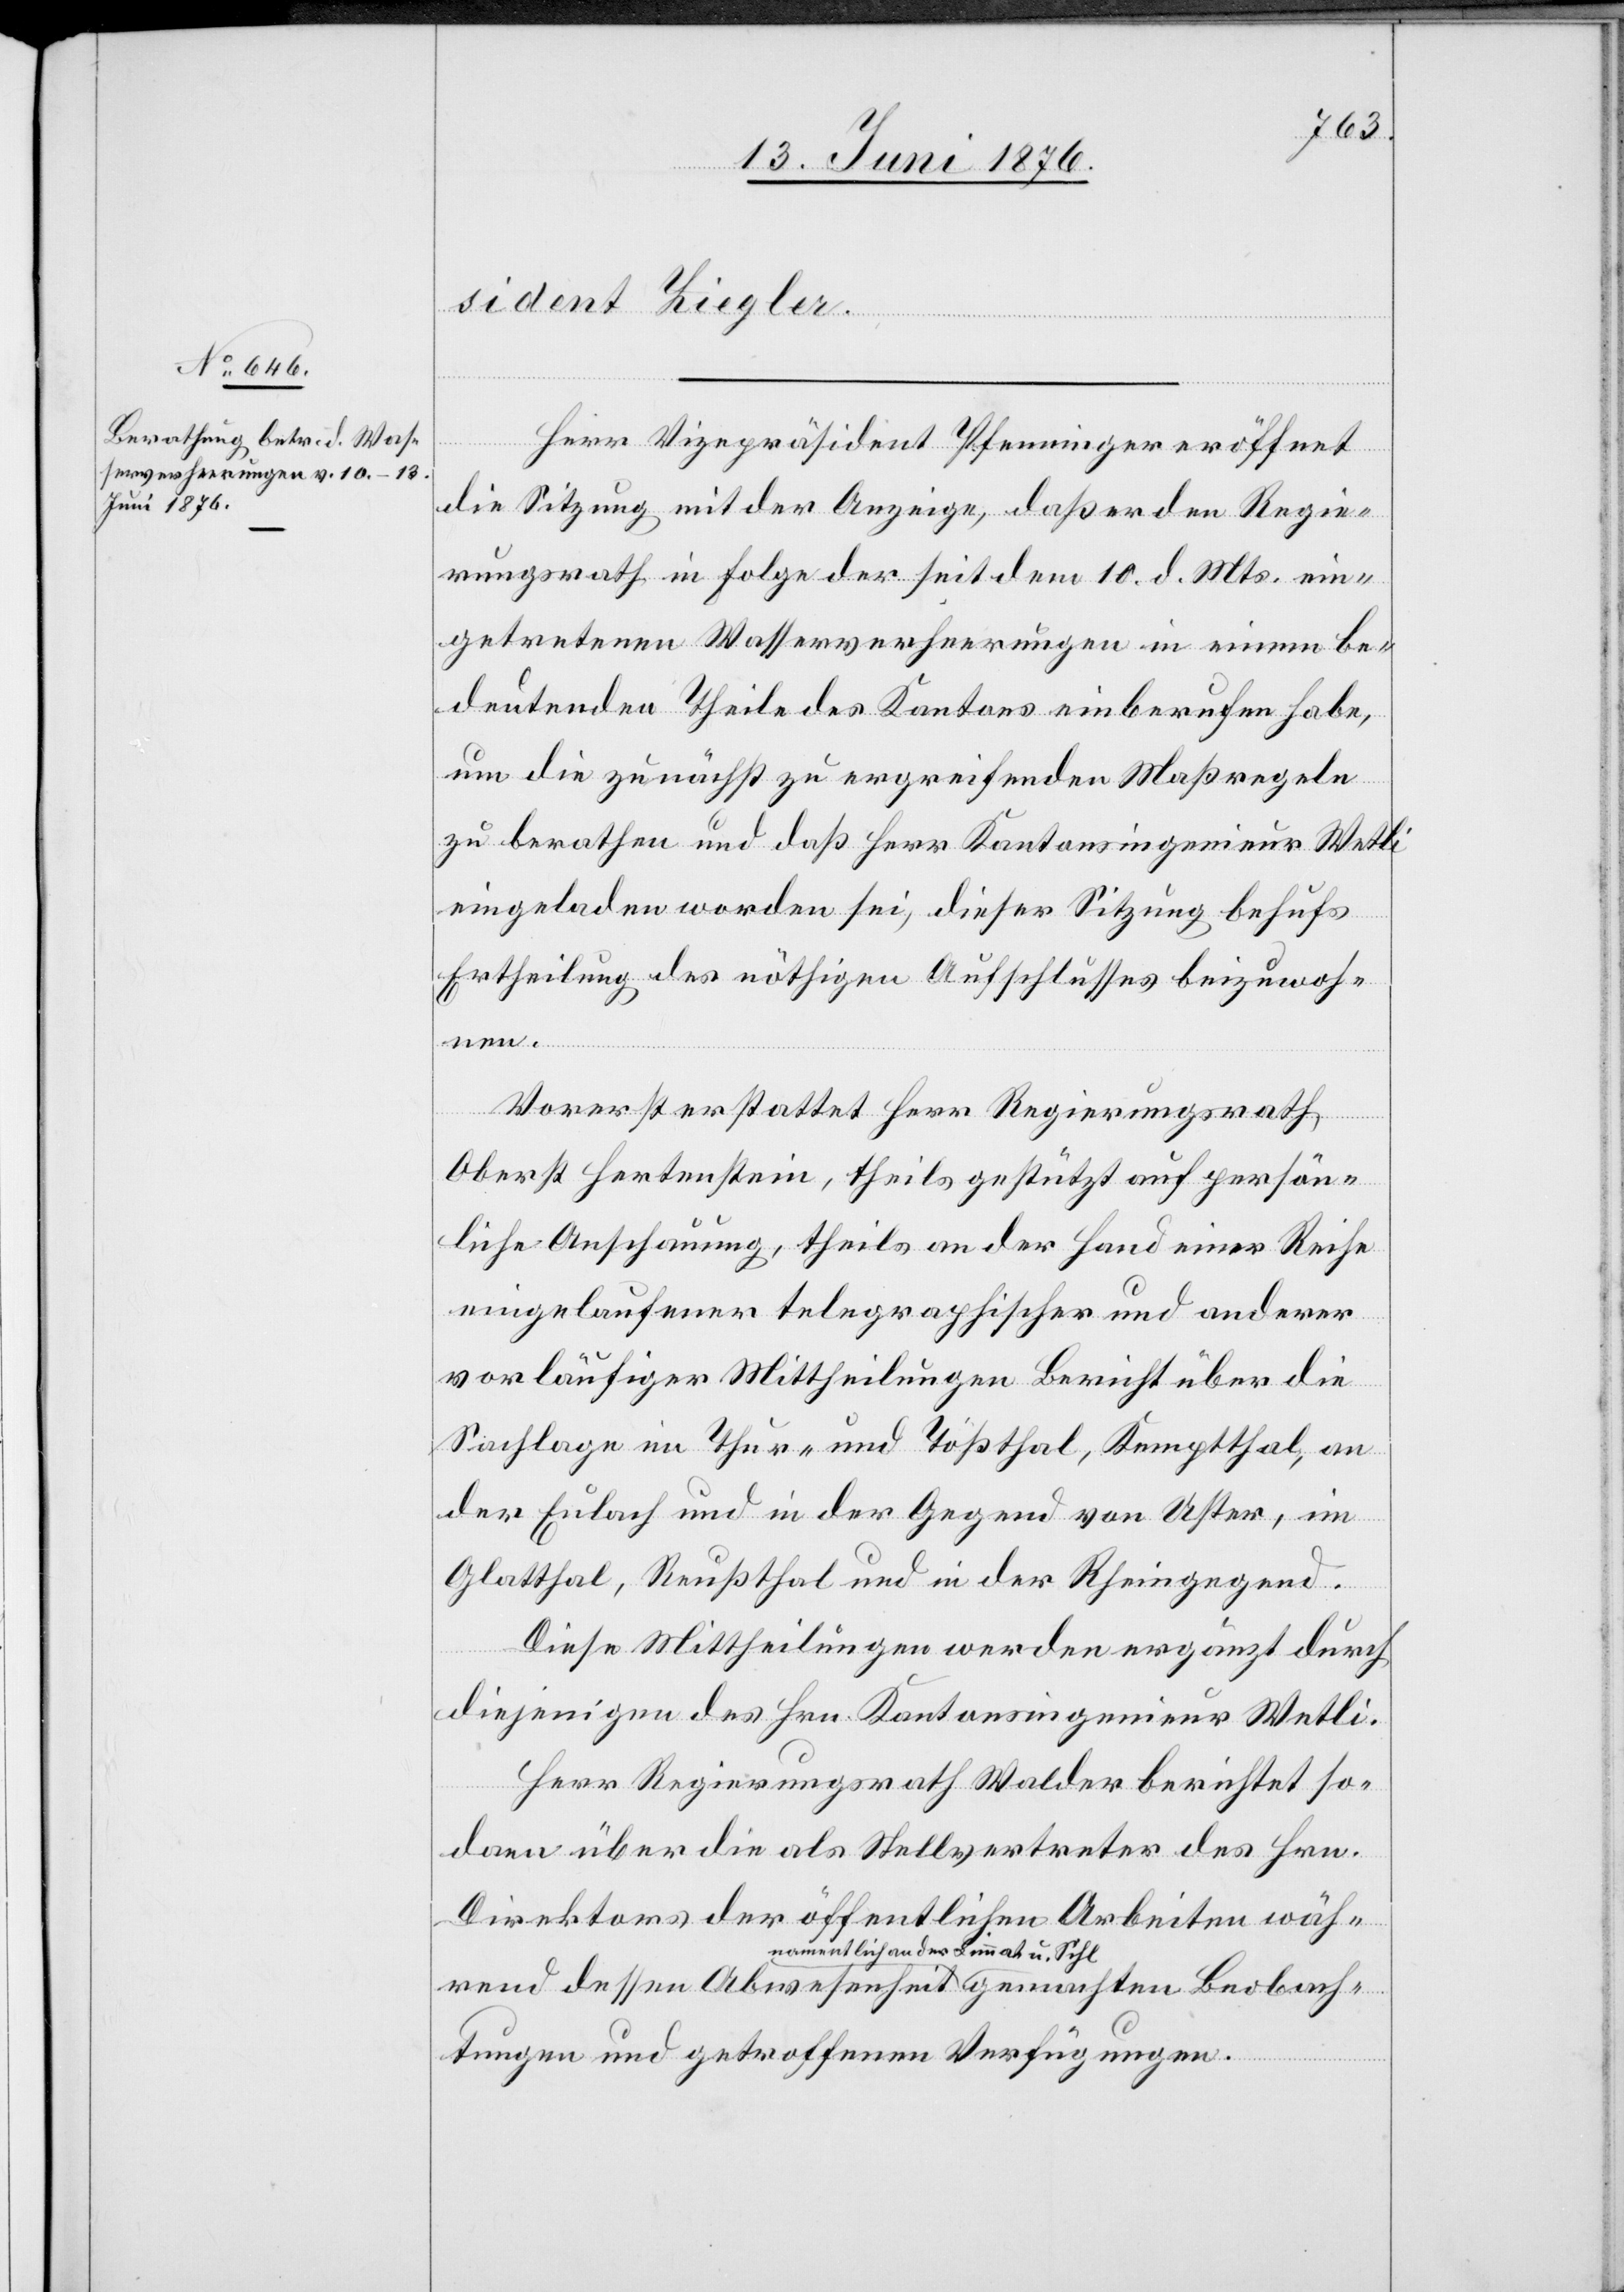
Herr Vizepräsident Pfenninger eröffnet
die Sitzung mit der Anzeige, daß er den Regie¬
rungsrath in Folge der seit dem 10. d. Mts. ein¬
getretenen Wasserverheerungen in einem be¬
deutenden Theile des Kantons einberufen habe,
um die zunächst zu ergreifenden Maßregeln
zu berathen und daß Herr Kantonsingenieur Wetli
eingeladen worden sei, dieser Sitzung behufs
Ertheilung des nöthigen Aufschlusses beizuwoh¬
Beobach¬
Vorerst erstattet Herr Regierungsrath
Oberst Hertenstein, theils gestützt auf persön¬
liche Anschauung, theils an der Hand einer Reihe
eingelaufener telegraphischer und anderer
vorläufiger Mittheilungen Bericht über die
Sachlage im Thur- und Tößthal, Kemtthal, an
der Eulach und in der Gegend von Uster, im
Glatthal, Reußthal und in der Rheingegend.
Diese Mittheilungen werden ergänzt durch
diejenigen des Hrn. Kantonsingenieur Wetli.
Herr Regierungsrath Walder berichtet so¬
dann über die als Stellvertreter des Hrn.
Direktors der öffentlichen Arbeiten wäh¬
rend dessen Abwesenheit a-namentlich an der
tungen und getroffenen Verfügungen.